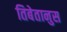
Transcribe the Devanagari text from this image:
तिबेतानुस